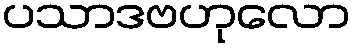
ပသာဒဗဟုလော